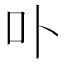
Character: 卟